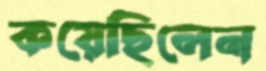
কয়েছিলেন